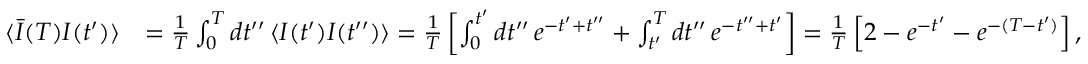
\begin{array} { r l } { \langle \bar { I } ( T ) I ( t ^ { \prime } ) \rangle } & { = \frac { 1 } { T } \int _ { 0 } ^ { T } d t ^ { \prime \prime } \, \langle I ( t ^ { \prime } ) I ( t ^ { \prime \prime } ) \rangle = \frac { 1 } { T } \left[ \int _ { 0 } ^ { t ^ { \prime } } d t ^ { \prime \prime } \, e ^ { - t ^ { \prime } + t ^ { \prime \prime } } + \int _ { t ^ { \prime } } ^ { T } d t ^ { \prime \prime } \, e ^ { - t ^ { \prime \prime } + t ^ { \prime } } \right] = \frac { 1 } { T } \left[ 2 - e ^ { - t ^ { \prime } } - e ^ { - ( T - t ^ { \prime } ) } \right] , } \end{array}